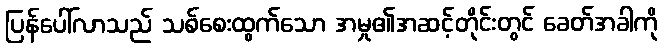
ပြန်ပေါ်လာသည် သစ်စေးထွက်သော အမှု၏အဆင့်တိုင်းတွင် ခေတ်အခါကို